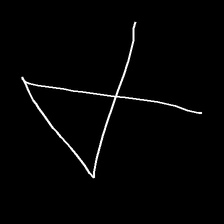
Glyph: collection